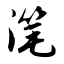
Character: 滗